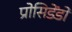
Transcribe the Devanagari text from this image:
प्रोसिडेंडो